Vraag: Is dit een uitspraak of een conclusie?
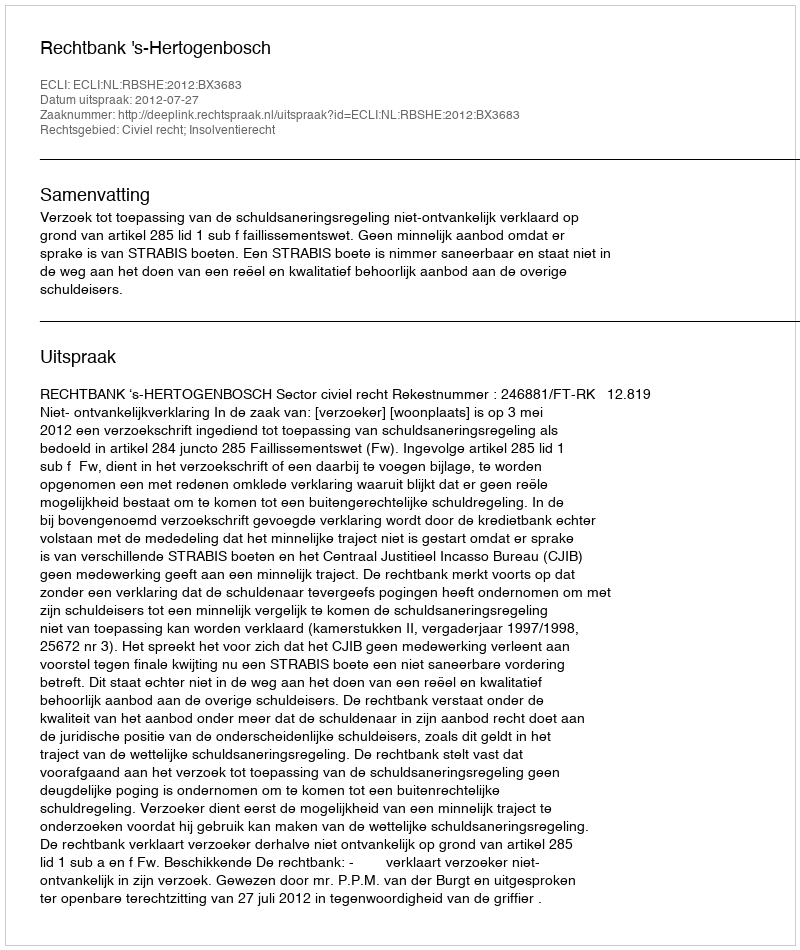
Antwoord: Uitspraak